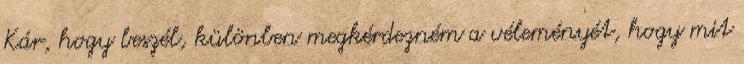
Kár, hogy beszél, különben megkérdezném a véleményét, hogy mit